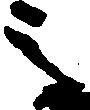
之